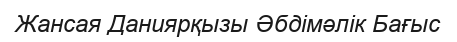
Жансая Даниярқызы Әбдімәлік Бағыс